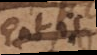
est, ut